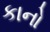
કાનો